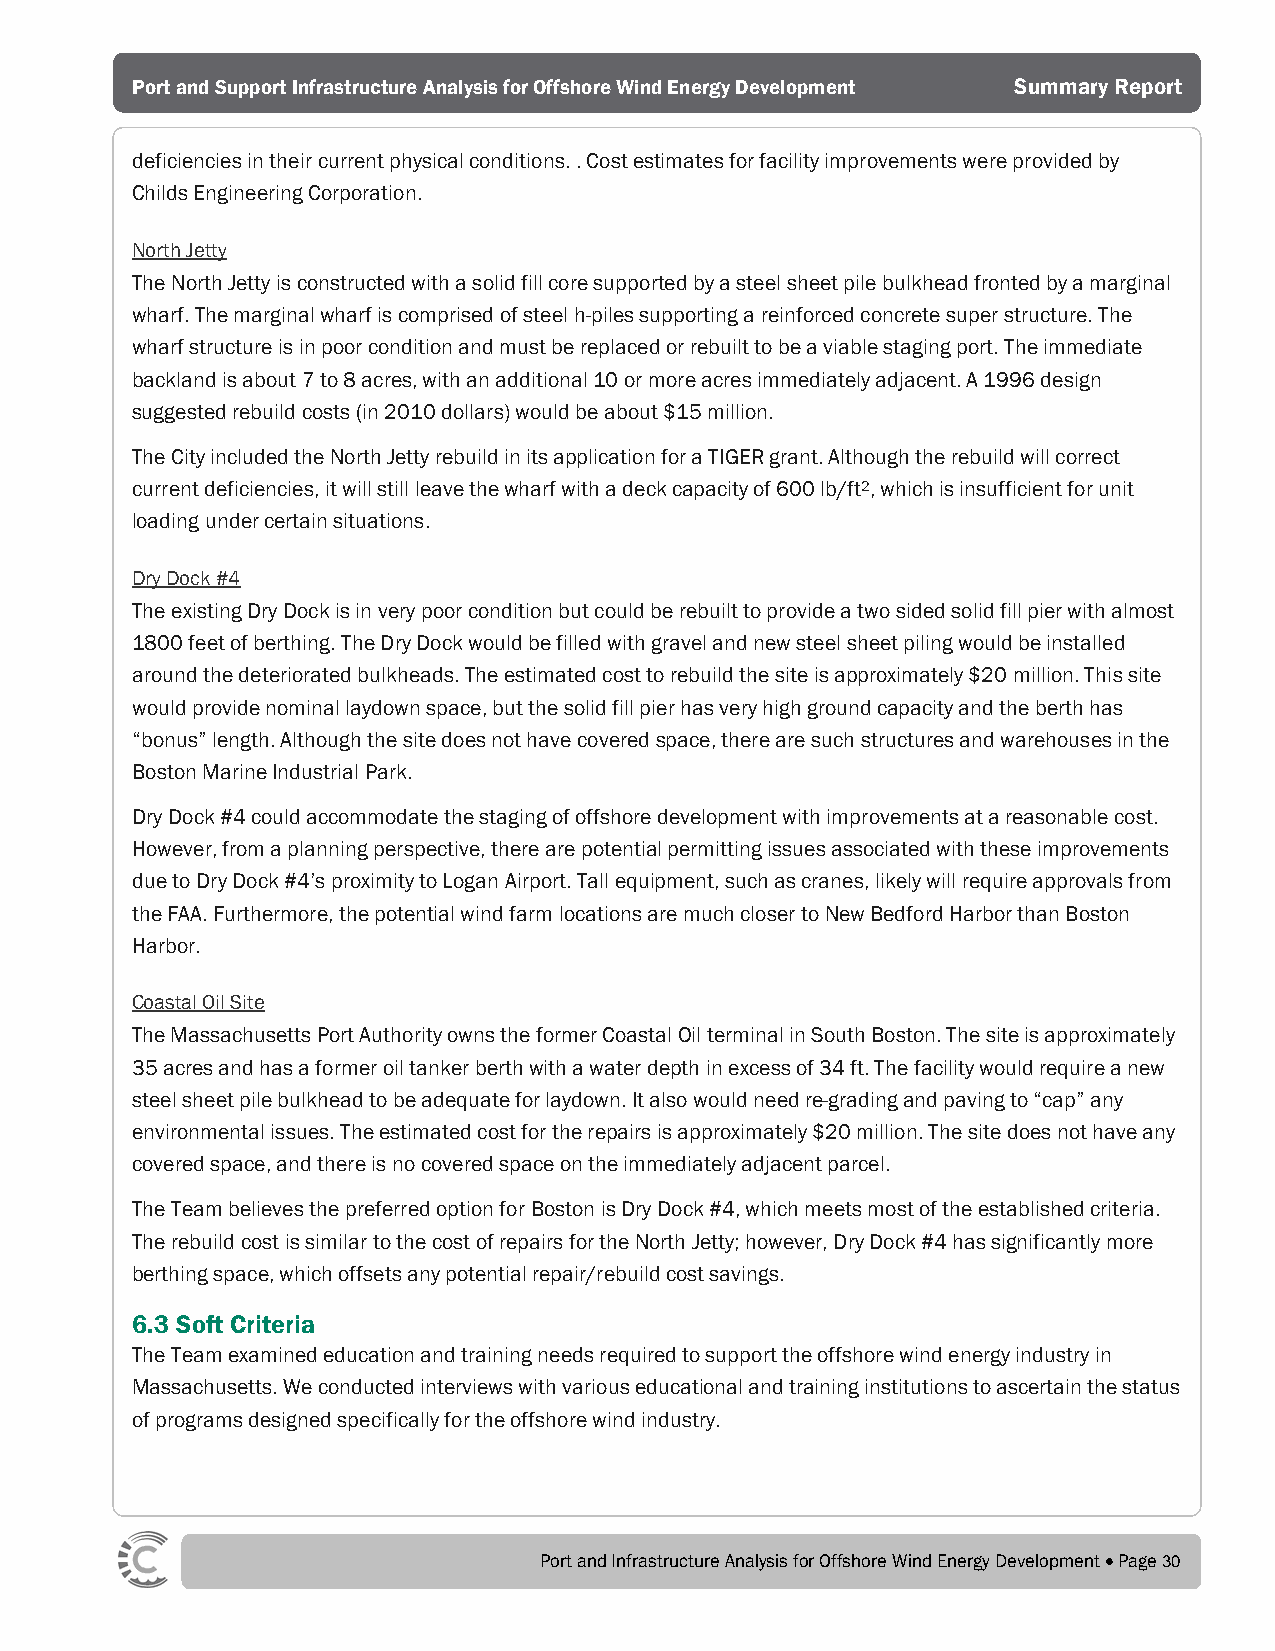
Port and Support Infrastructure Analysis for Offshore Wind Energy Development Summary Report
 deficiencies in their current physical conditions. . Cost estimates for facility improvements were provided by
 Childs Engineering Corporation.
 North Jetty
 The North Jetty is constructed with a solid fill core supported by a steel sheet pile bulkhead fronted by a marginal
 wharf. The marginal wharf is comprised of steel h-piles supporting a reinforced concrete super structure. The
 wharf structure is in poor condition and must be replaced or rebuilt to be a viable staging port. The immediate
 backland is about 7 to 8 acres, with an additional 10 or more acres immediately adjacent. A 1996 design
 suggested rebuild costs (in 2010 dollars) would be about $15 million.
 The City included the North Jetty rebuild in its application for a TIGER grant. Although the rebuild will correct
 current deficiencies, it will still leave the wharf with a deck capacity of 600 lb/ft2, which is insufficient for unit
 loading under certain situations.
 Dry Dock #4
 The existing Dry Dock is in very poor condition but could be rebuilt to provide a two sided solid fill pier with almost
 1800 feet of berthing. The Dry Dock would be filled with gravel and new steel sheet piling would be installed
 around the deteriorated bulkheads. The estimated cost to rebuild the site is approximately $20 million. This site
 would provide nominal laydown space, but the solid fill pier has very high ground capacity and the berth has
 “bonus” length. Although the site does not have covered space, there are such structures and warehouses in the
 Boston Marine Industrial Park.
 Dry Dock #4 could accommodate the staging of offshore development with improvements at a reasonable cost.
 However, from a planning perspective, there are potential permitting issues associated with these improvements
 due to Dry Dock #4’s proximity to Logan Airport. Tall equipment, such as cranes, likely will require approvals from
 the FAA. Furthermore, the potential wind farm locations are much closer to New Bedford Harbor than Boston
 Harbor.
 Coastal Oil Site
 The Massachusetts Port Authority owns the former Coastal Oil terminal in South Boston. The site is approximately
 35 acres and has a former oil tanker berth with a water depth in excess of 34 ft. The facility would require a new
 steel sheet pile bulkhead to be adequate for laydown. It also would need re-grading and paving to “cap” any
 environmental issues. The estimated cost for the repairs is approximately $20 million. The site does not have any
 covered space, and there is no covered space on the immediately adjacent parcel.
 The Team believes the preferred option for Boston is Dry Dock #4, which meets most of the established criteria.
 The rebuild cost is similar to the cost of repairs for the North Jetty; however, Dry Dock #4 has significantly more
 berthing space, which offsets any potential repair/rebuild cost savings.
 6.3 Soft Criteria
 The Team examined education and training needs required to support the offshore wind energy industry in
 Massachusetts. We conducted interviews with various educational and training institutions to ascertain the status
 of programs designed specifically for the offshore wind industry.
 Port and Infrastructure Analysis for Offshore Wind Energy Development • Page 30